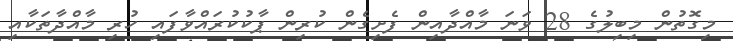
މިގޮތުން މިބިލުގެ 28 ވަނަ މާއްދާއިން ފެށިގެން ކުރިން ޕާކުކުރައްވާފައި ހުރި މާއްދާތަކާއި